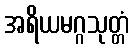
အရိယမဂ္ဂသုတ္တံ